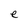
Character: e